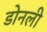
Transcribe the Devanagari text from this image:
डोनली